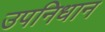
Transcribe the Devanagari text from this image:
उपनिधान